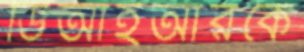
ডিআইআরকে